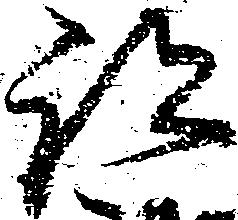
跡